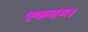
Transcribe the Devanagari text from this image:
एकदम।